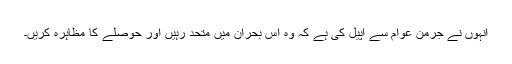
انہوں نے جرمن عوام سے اپیل کی ہے کہ وہ اس بحران میں متحد رہیں اور حوصلے کا مظاہرہ کریں۔